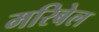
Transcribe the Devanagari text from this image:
मरिबेल